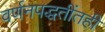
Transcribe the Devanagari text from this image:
वर्णनपद्धतींतही